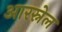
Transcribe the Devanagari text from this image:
आरस्नेल